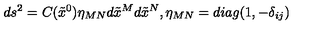
d s ^ { 2 } = C ( \tilde { x } ^ { 0 } ) \eta _ { M N } d \tilde { x } ^ { M } d \tilde { x } ^ { N } , \eta _ { M N } = d i a g ( 1 , - \delta _ { i j } )